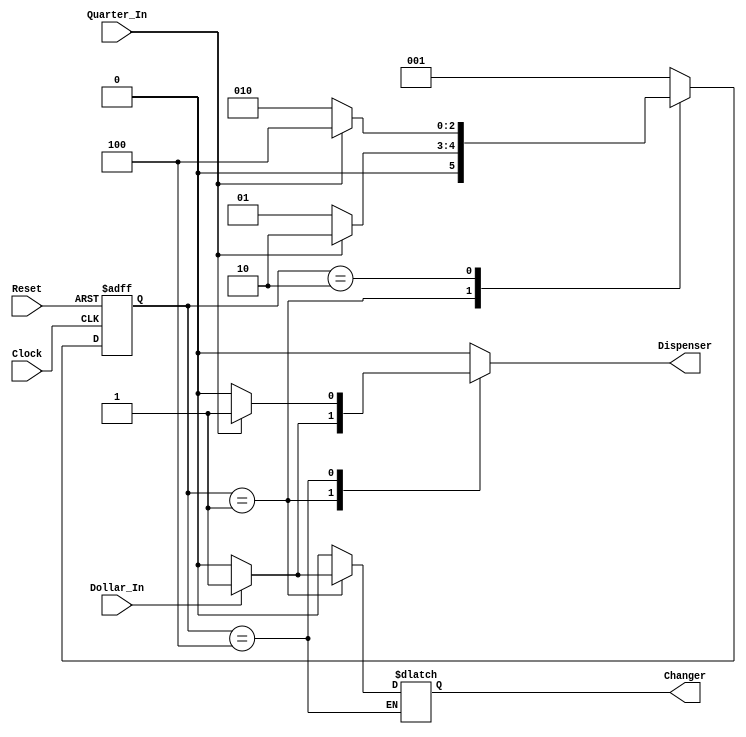
module vending_machine (
    output reg Dispenser, Changer,
    input wire Dollar_In, Quarter_In, Clock, Reset
);

    // Declaration
    reg [2:0] Current_State, Next_State;
    parameter   Start = 3'b001,
                State_25 = 3'b010,
                State_50 = 3'b100;

    // State memory
    always @ (posedge Clock or negedge Reset)
        begin
            if (!Reset)
                Current_State <= Start;
            else
                Current_State <= Next_State;
        end

    // Next state
    always @ (Current_State or Dollar_In or Quarter_In)
        begin
            case (Current_State)
                Start       : if (Quarter_In == 1'b1) Next_State = State_25;
                              else Next_State = Start;
                State_25    : if (Quarter_In == 1'b1) Next_State = State_50;
                              else Next_State = State_25;
                State_50    : Next_State = Start;
                default     : Next_State = Start;
            endcase
        end

    // Output logic
    always @ (Current_State or Dollar_In or Quarter_In)
        begin
            case (Current_State)
                Start       : if (Dollar_In == 1'b1)
                              begin
                                  Dispenser = 1'b1;
                                  Changer = 1'b1;
                              end
                              else
                              begin
                                  Dispenser = 1'b0;
                                  Changer = 1'b0;
                              end
                State_50    : if (Quarter_In == 1'b1)
                              begin
                                  Dispenser = 1'b1;
                              end
                              else
                              begin
                                  Dispenser = 1'b0;
                              end
                default     : begin
                                  Dispenser = 1'b0;
                                  Changer = 1'b0;
                              end
            endcase
        end

endmodule

module tb_vending_machine();

    wire dispenser, changer;
    reg dollar_in, quarter_in, clock, reset;

    vending_machine DUT(.Dispenser(dispenser), .Changer(changer), .Dollar_In(dollar_in), .Quarter_In(quarter_in), .Clock(clock), .Reset(reset));

    // Clock
    initial
        begin
            clock = 1'b0;
        end

    always
        begin
            #1 clock = ~clock;
        end

    // Reset
    initial
        begin
            reset = 1'b1;
        end

    initial
        begin
            $dumpfile("vending_machine.vcd");
            $dumpvars(0, tb_vending_machine);
            dollar_in = 1'b0;
            quarter_in = 1'b0;
            #1 dollar_in = 1'b1;
            #2 dollar_in = 1'b0;
            #2 quarter_in = 1'b1;
            #2 quarter_in = 1'b1;
            #2 quarter_in = 1'b1;
            #1 quarter_in = 1'b0;
            $finish;
        end    

endmodule